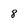
Character: 8